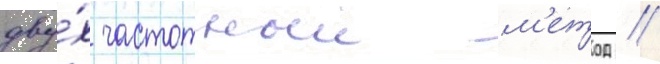
дву́х частотныи м'етод //